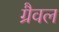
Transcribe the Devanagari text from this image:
ग्रैवल